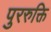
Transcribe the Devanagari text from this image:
पुररुक्ति